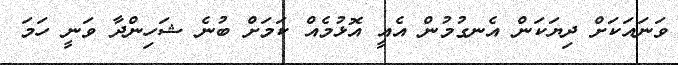
ވަނައަކަށް ދިޔަކަން އެނގުމުން އެއީ އޮޅުމެއް ކަމަށް ބުނެ ޝަހިންދާ ވަނީ ހަމަ